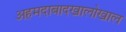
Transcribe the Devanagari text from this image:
अहमदाबादखालोखाल